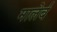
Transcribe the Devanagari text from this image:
मालेर्ब